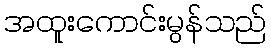
အထူးကောင်းမွန်သည်